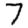
Digit: 7